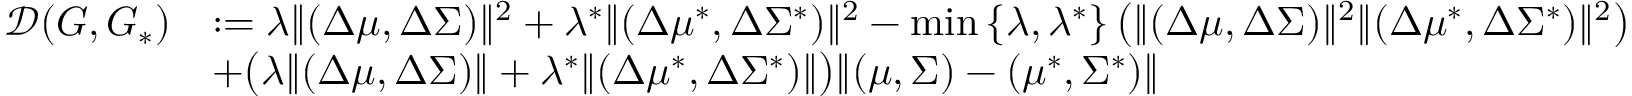
\begin{array} { r l } { \mathcal { D } ( G , G _ { * } ) } & { : = \lambda \| ( \Delta \mu , \Delta \Sigma ) \| ^ { 2 } + \lambda ^ { * } \| ( \Delta \mu ^ { * } , \Delta \Sigma ^ { * } ) \| ^ { 2 } - \operatorname* { m i n } \left\{ \lambda , \lambda ^ { * } \right\} \big ( \| ( \Delta \mu , \Delta \Sigma ) \| ^ { 2 } \| ( \Delta \mu ^ { * } , \Delta \Sigma ^ { * } ) \| ^ { 2 } \big ) } \\ & { + \big ( \lambda \| ( \Delta \mu , \Delta \Sigma ) \| + \lambda ^ { * } \| ( \Delta \mu ^ { * } , \Delta \Sigma ^ { * } ) \| \big ) \| ( \mu , \Sigma ) - ( \mu ^ { * } , \Sigma ^ { * } ) \| } \end{array}